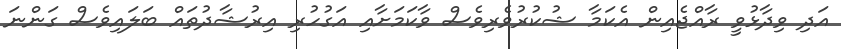
އަދި ވިދާޅުވީ ރާއްޖެއިން އެކަމާ ޝުކުރުވެރިވެސް ވާކަމަށާއި އަގުހުރި އިރުޝާދުތައް ބަލައިވެސް ގަންނަ